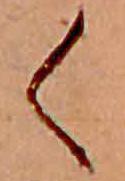
く